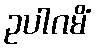
ဥပါဂမိံ